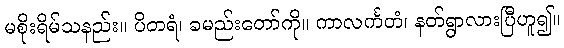
မစိုးရိမ်သနည်း။ ပိတရံ၊ ခမည်းတော်ကို။ ကာလင်္ကတံ၊ နတ်ရွာလားပြီဟူ၍။